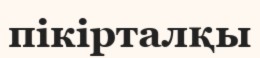
пікірталқы